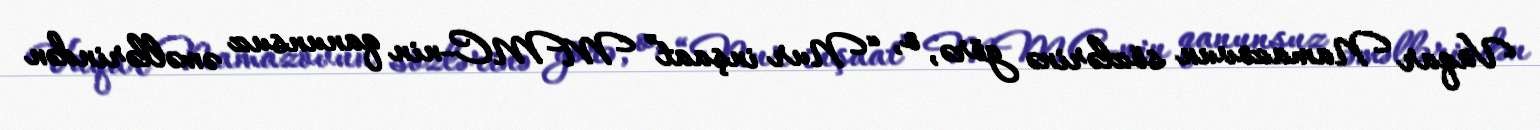
Vüqar Namazovun sözlərinə görə, o, “Nur inşaat” MMC-nin qanunsuz əməllərindən